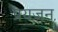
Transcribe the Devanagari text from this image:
प्रयजन